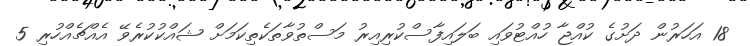
18 އަހަރުން ދަށުގެ ކުއްޖާ ހުއްޓުވައި ބަލައިފާސްކުރިއިރު މަސްތުވާތަކެތިކަމަށް ޝައްކުކުރެވޭ އެއްޗެއްހުރި 5